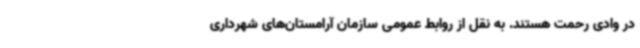
در وادی رحمت هستند. به نقل از روابط عمومی سازمان‌ آرامستان‌های شهرداری